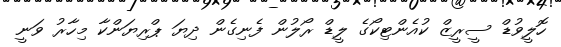
ހޮލީވުޑް ސީރީޒް ކުއެންޓިކޯގެ ލީޑް ރޯލުން ފެނިގެން ދިޔަ ޕްރިޔަންކާ މިހާރު ވަނީ